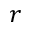
r